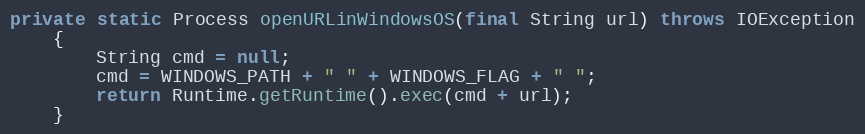
Language: Java
private static Process openURLinWindowsOS(final String url) throws IOException
	{
		String cmd = null;
		cmd = WINDOWS_PATH + " " + WINDOWS_FLAG + " ";
		return Runtime.getRuntime().exec(cmd + url);
	}